DOW-UAP-D48, Department of the Air Force Report, 1996
Agency: Department of War
Incident date: 9/10/96
Page 42
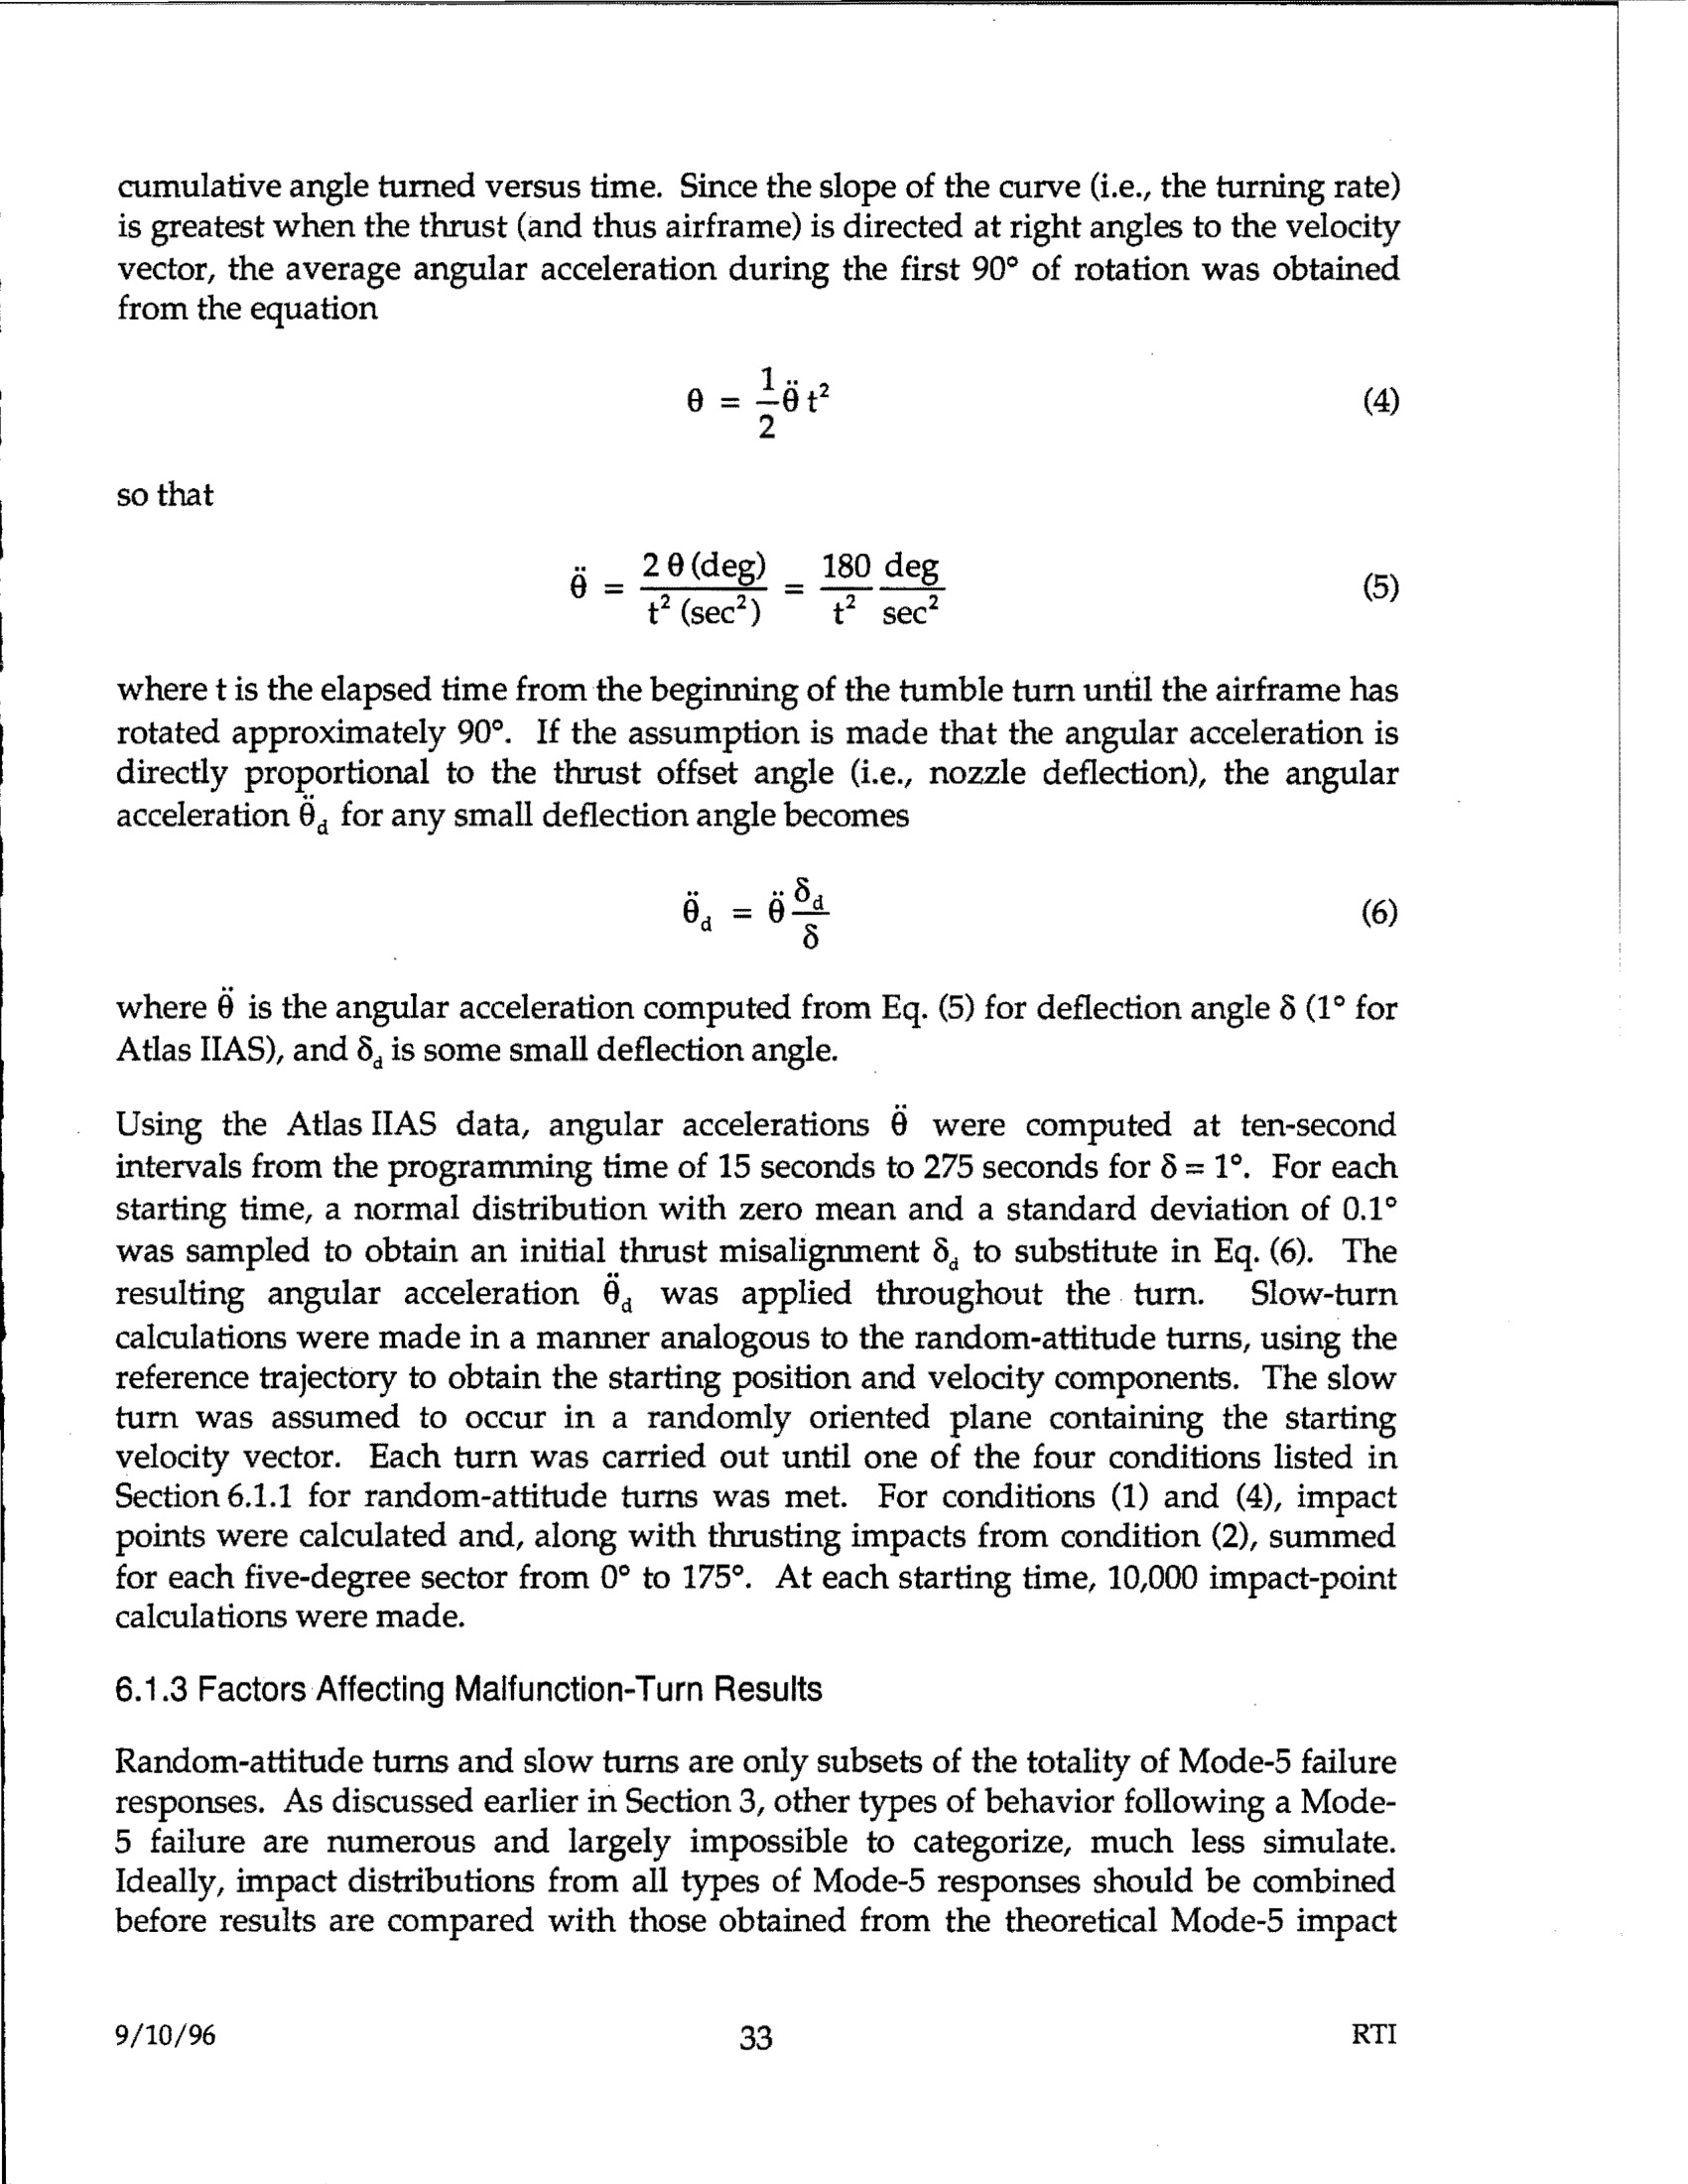